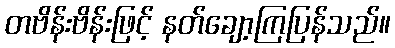
တဗိန်းဗိန်းဖြင့် နတ်ချော့ကြပြန်သည်။